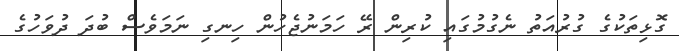
ގޮޅިތަކުގެ ގުރުއަތު ނެގުމުގައި ކުރިން ރޭ ހަމަނުޖެހުން ހިނގި ނަމަވެސް ބުދަ ދުވަހުގެ